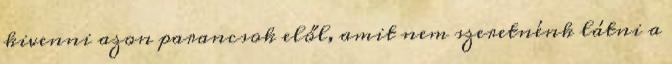
kivenni azon parancsok elől, amit nem szeretnénk látni a